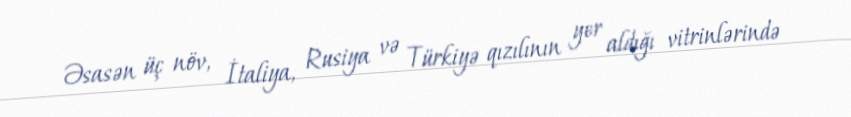
Əsasən üç növ, İtaliya, Rusiya və Türkiyə qızılının yer aldığı vitrinlərində